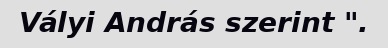
Vályi András szerint ".